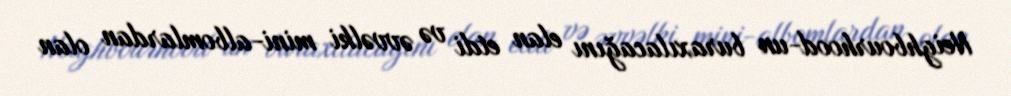
Neighbourhood-un buraxılacağını elan etdi və əvvəlki mini-albomlardan olan